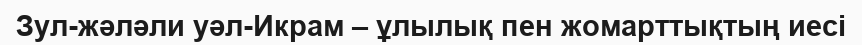
Зул-жәләли уәл-Икрам – ұлылық пен жомарттықтың иесі